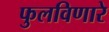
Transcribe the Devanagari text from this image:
फुलविणारे